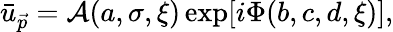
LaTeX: \begin{array}{r}{\bar{u}_{\vec{p}}=\mathcal{A}(a,\sigma,\xi)\exp[i\Phi(b,c,d,\xi)],}\end{array}